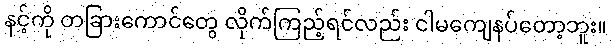
နင့်ကို တခြားကောင်တွေ လိုက်ကြည့်ရင်လည်း ငါမကျေနပ်တော့ဘူး။